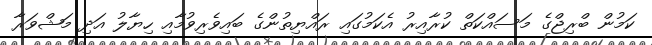
ކަމުން ބްރިޖްގެ މަަސައްކަތް ކުރާއިރު އެކަމުގައި ރައްޔިތުންގެ ބައިވެރިވުމާއި ހިޔާލު އަދި މަޝްވަރާ